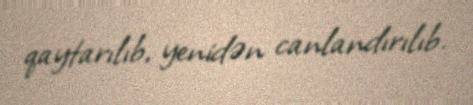
qaytarılıb, yenidən canlandırılıb.